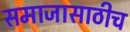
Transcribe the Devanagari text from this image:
समाजासाठीच